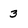
Character: 3